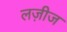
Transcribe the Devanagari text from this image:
लज़ीज